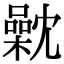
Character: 𣜣